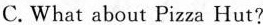
C.What about Pizza Hut?